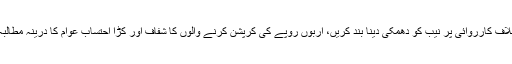
منعم ظفر خان نے مزید کہا کہ حکمران کرپٹ عناصر کے خلاف کارروائی پر نیب کو دھمکی دینا بند کریں، اربوں روپے کی کرپشن کرنے والوں کا شفاف اور کڑا احتساب عوام کا درینہ مطالبہ ہے جس کی راہ میں حائل رکاوٹ وہ براشت نہیں کریں گے۔